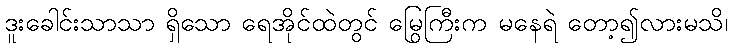
ဒူးခေါင်းသာသာ ရှိသော ရေအိုင်ထဲတွင် မြွေကြီးက မနေရဲ တော့၍လားမသိ၊